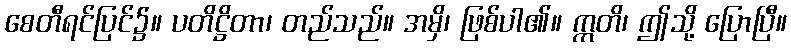
စေတီရင်ပြင်၌။ ပတိဋ္ဌိတာ၊ တည်သည်။ အမှိ၊ ဖြစ်ပါ၏။ ဣတိ၊ ဤသို့ ပြောပြီ။